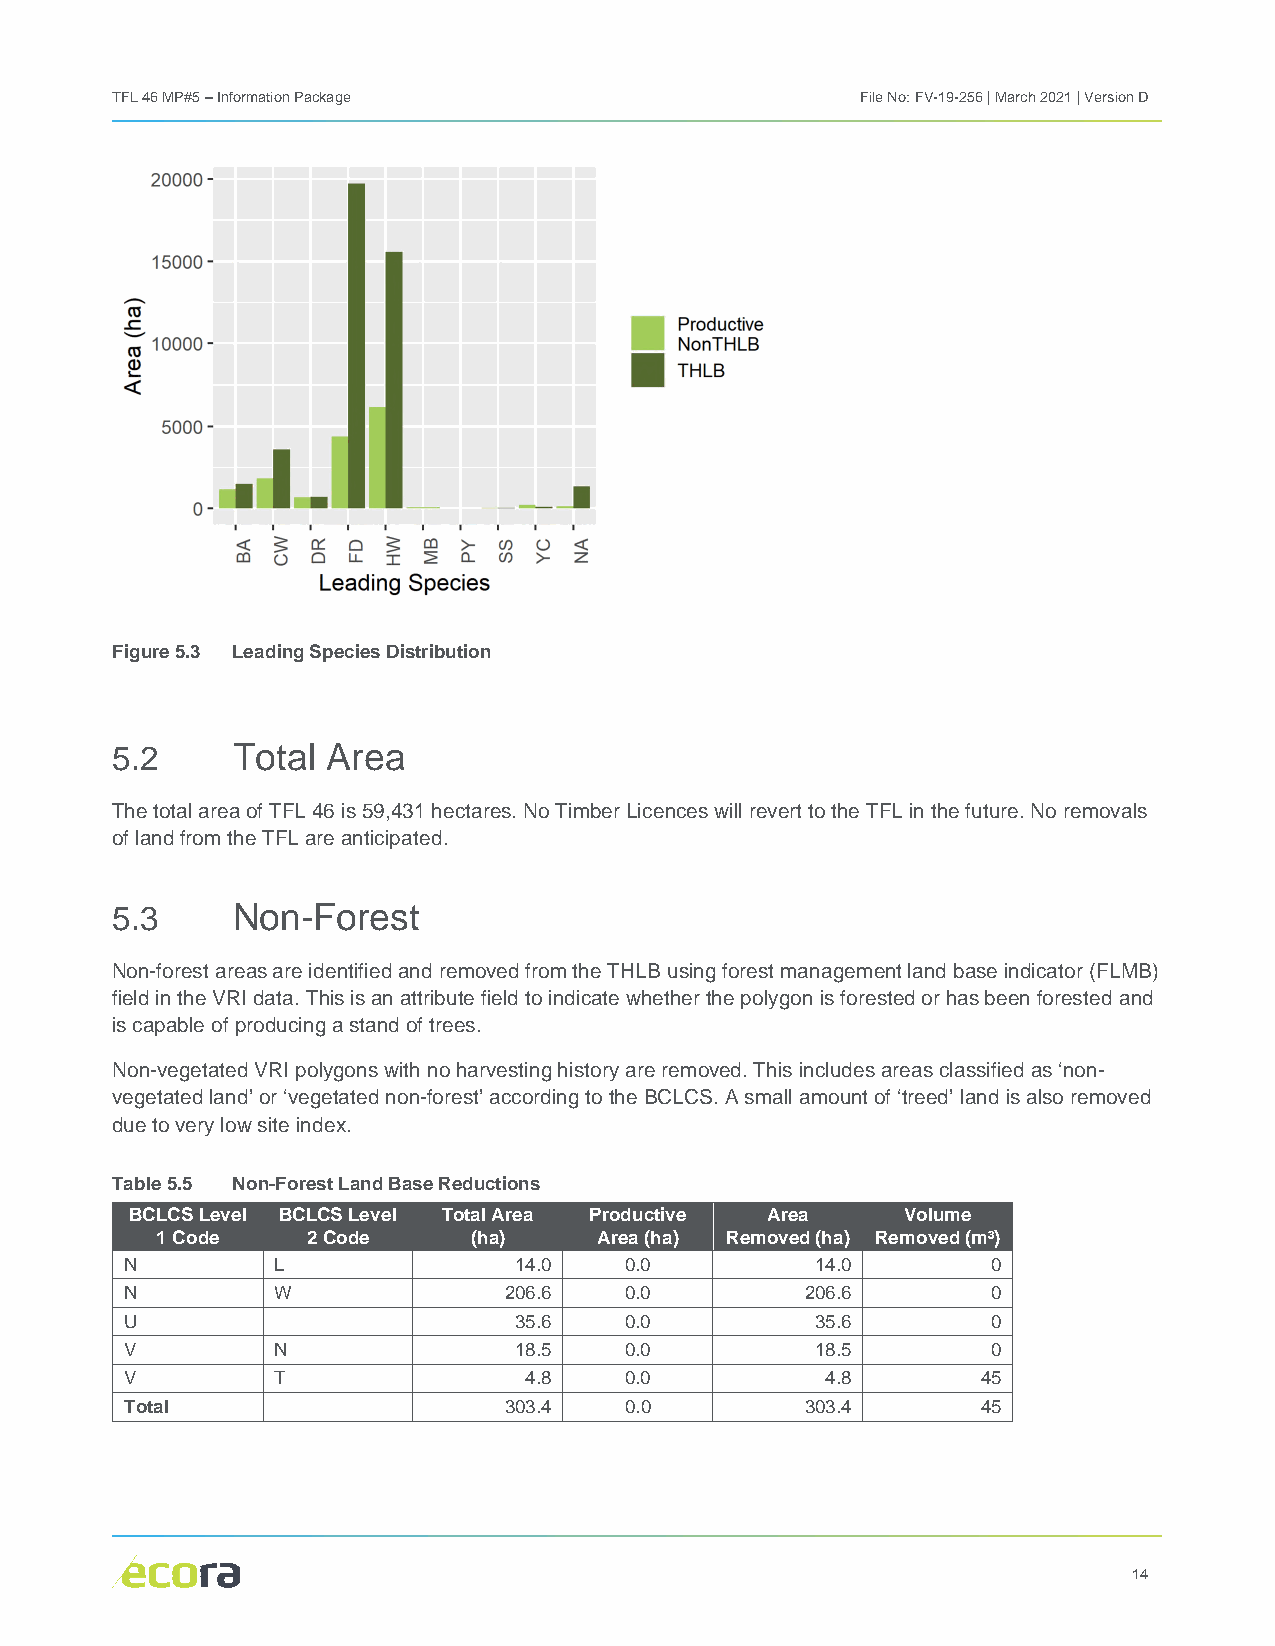
TFL 46 MP#5 – Information Package                 File No: FV-19-256 | March 2021 | Version D
 Figure 5.3 Leading Species Distribution
 5.2     Total  Area
 The total area of TFL 46 is 59,431 hectares. No Timber Licences will revert to the TFL in the future. No removals
 of land from the TFL are anticipated.
 5.3     Non-Forest
 Non-forest areas are identified and removed from the THLB using forest management land base indicator (FLMB)
 field in the VRI data. This is an attribute field to indicate whether the polygon is forested or has been forested and
 is capable of producing a stand of trees.
 Non-vegetated VRI polygons with no harvesting history are removed. This includes areas classified as ‘non-
 vegetated land’ or ‘vegetated non-forest’ according to the BCLCS. A small amount of ‘treed’ land is also removed
 due to very low site index.
 Table 5.5 Non-Forest Land Base Reductions
 BCLCS Level BCLCS Level Total Area Productive Area Volume
 1 Code    2 Code     (ha)     Area (ha) Removed (ha) Removed (m³)
 N         L               14.0   0.0          14.0        0
 N         W              206.6   0.0         206.6        0
 U                         35.6   0.0          35.6        0
 V         N               18.5   0.0          18.5        0
 V         T                4.8   0.0           4.8       45
 Total                    303.4   0.0         303.4       45
 14